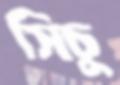
সিচু